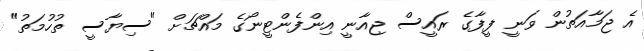
އެ ޖަމާއަތުން ވަނީ ފީފާގެ ރައީސް ޖިއާނީ އިންފެންޓީނޯގެ މައްޗަށް "ސިޔާސީ ތުހުމަތު"